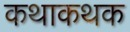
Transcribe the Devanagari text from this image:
कथाकथक